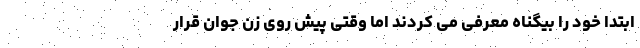
ابتدا خود را بیگناه معرفی می کردند اما وقتی پیش روی زن جوان قرار